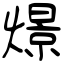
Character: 燝